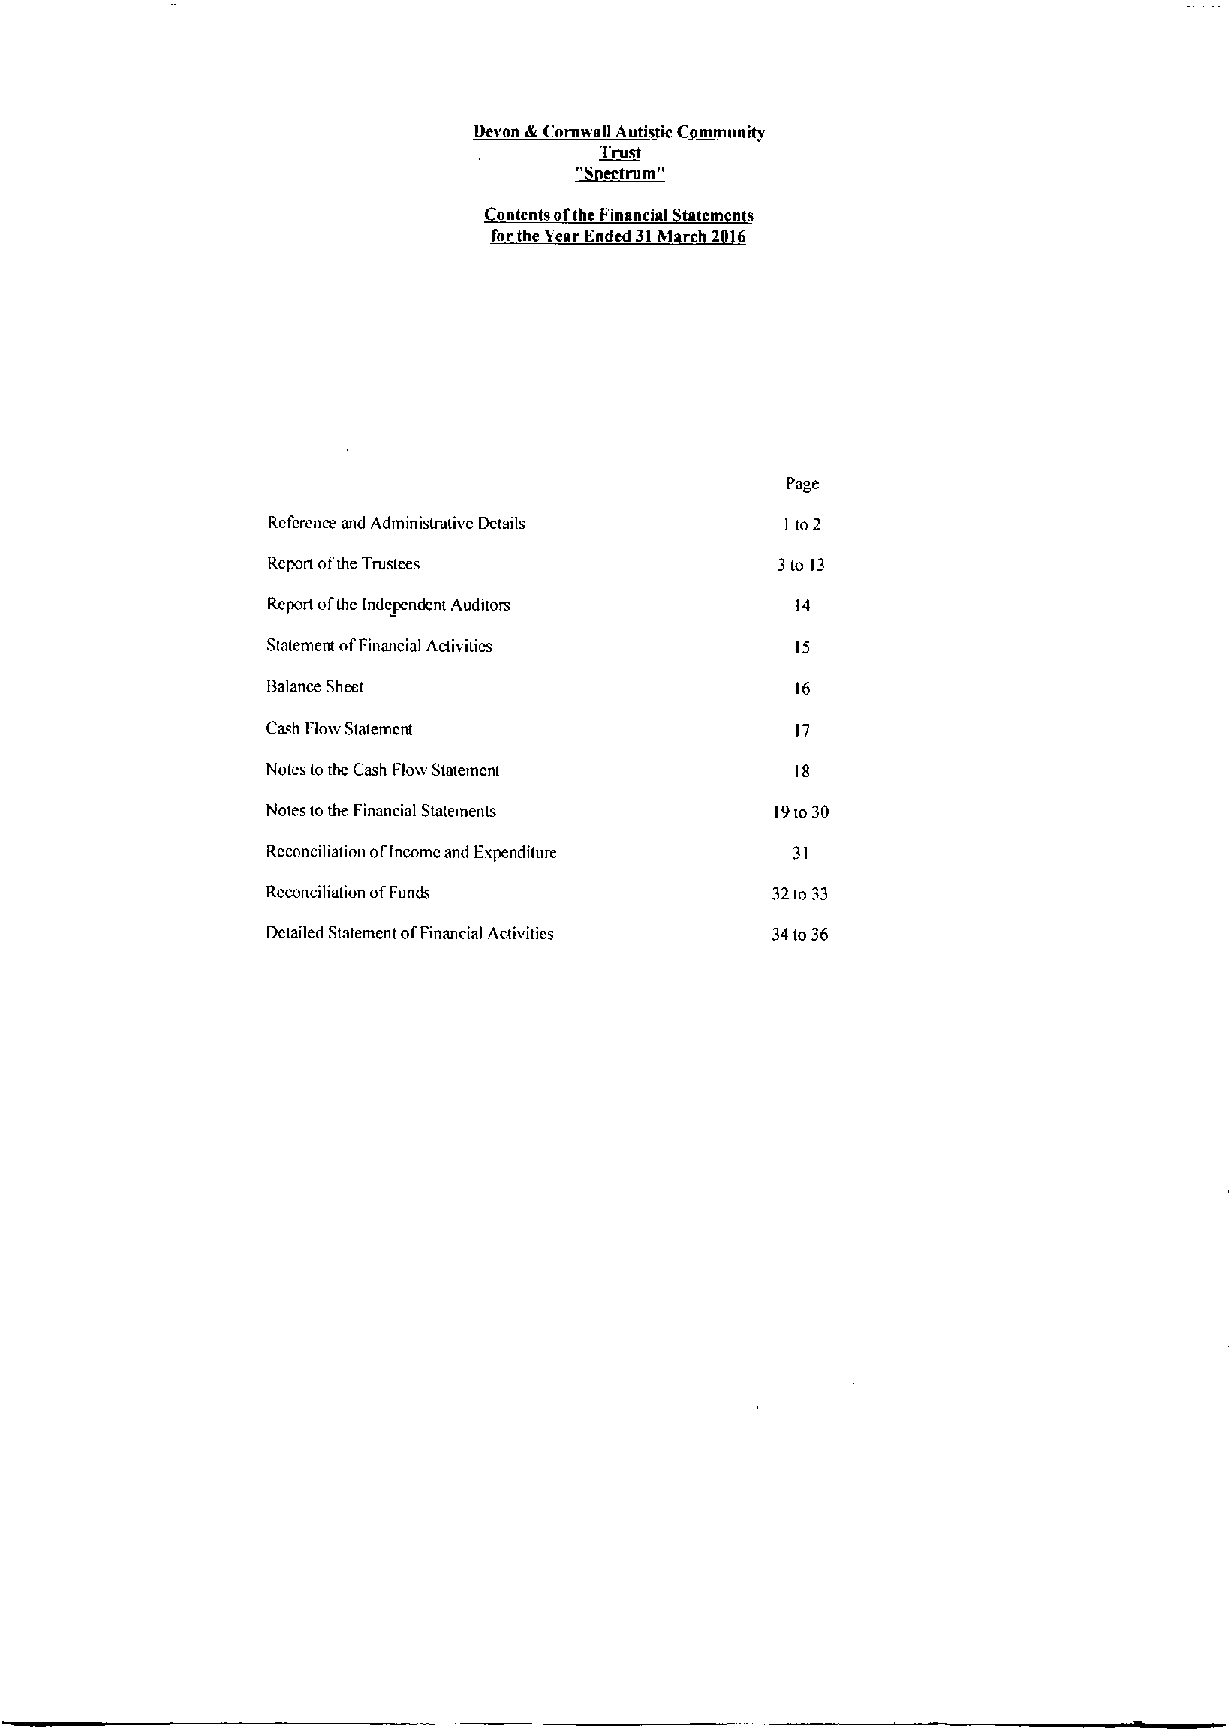
Devon dr Cornwall Auti ticC mmunitv
 Irust
 ectrum"
 ontentsof the Financial tat m n s
 forthe3earEnded31M rc 2 6
 Page
 Rcfcrcnce and Administrative Details I to2
 Rcpon ofthe Trustees             3to 13
 Rcport ofthe Independent Auditors  14
 Statement ofFinancial Aaivitics
 Balance Sheet                      16
 Cash Flow Statement                17
 Notes tothe Cash Flovv Statement   18
 Notes tothe Financial Statements Ipto30
 Reconciliation o(Income and Expendiiure 31
 Reconciliation ofFunds           32to 33
 Detailed Statement ofFinancial Activities 34to36